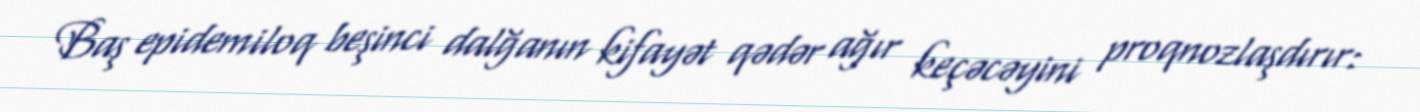
Baş epidemiloq beşinci dalğanın kifayət qədər ağır keçəcəyini proqnozlaşdırır: